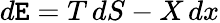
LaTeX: d\mathtt{E}=T\, dS-X\, dx